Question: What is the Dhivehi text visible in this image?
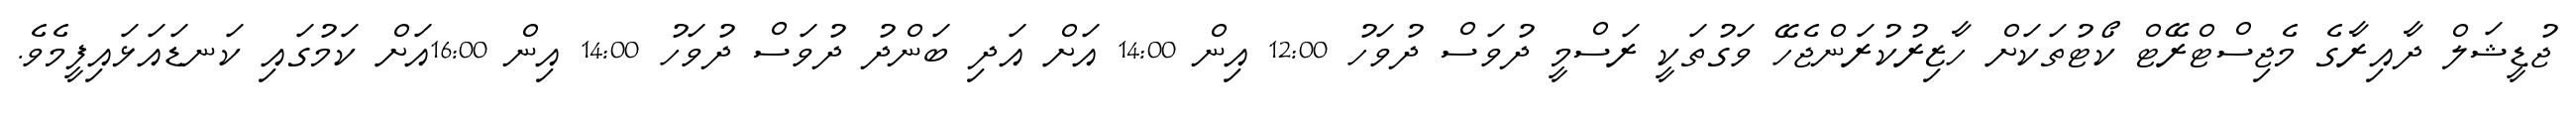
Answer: ޖުޑީޝަލް ދާއިރާގެ މެޖިސްޓްރޭޓް ކޯޓުތަކަށް ހާޒިރުކުރަންޖެހޭ ވަގުތަކީ ރަސްމީ ދުވަސް ދުވަހު 12:00 އިން 14:00 އަށް އަދި ބަންދު ދުވަސް ދުވަހު 14:00 އިން 16:00އަށް ކަމުގައި ކަނޑައަޅައިފީމެވެ.